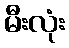
မီးလုံး